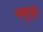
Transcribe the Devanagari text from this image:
स्मॄती